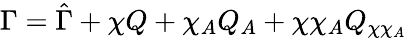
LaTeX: \Gamma=\hat{\Gamma}+\chi Q+\chi_{A}Q_{A}+\chi\chi_{A}Q_{\chi\chi_{A}}